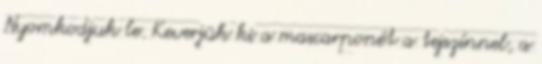
Nyomkodjuk le. Keverjük ki a mascarponét a tejszínnel, a